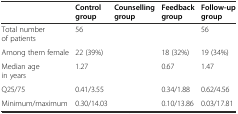
<table><thead><tr><td>[EMPTY_CELL]</td><td><b>Control group</b></td><td><b>Counselling group</b></td><td><b>Feedback group</b></td><td><b>Follow-up group</b></td></tr></thead><tbody><tr><td>Total number of patients</td><td>56</td><td>[EMPTY_CELL]</td><td>[EMPTY_CELL]</td><td>56</td></tr><tr><td>Among them female</td><td>22 (39%)</td><td>[EMPTY_CELL]</td><td>18 (32%)</td><td>19 (34%)</td></tr><tr><td>Median age in years</td><td>1.27</td><td>[EMPTY_CELL]</td><td>0.67</td><td>1.47</td></tr><tr><td>Q25/75</td><td>0.41/3.55</td><td>[EMPTY_CELL]</td><td>0.34/1.88</td><td>0.62/4.56</td></tr><tr><td>Minimum/maximum</td><td>0.30/14.03</td><td>[EMPTY_CELL]</td><td>0.10/13.86</td><td>0.03/17.81</td></tr></tbody></table>